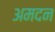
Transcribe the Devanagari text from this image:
अमदन